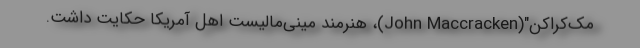
مک‌کراکن"(John Maccracken)، هنرمند مینی‌مالیست اهل آمریکا حکایت داشت.